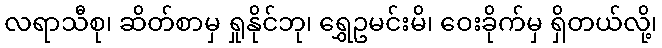
လရာသီစု၊ ဆိတ်စာမှ ရှုနိုင်ဘု၊ ရွှေဥမင်းမိ၊ ဝေးခိုက်မှ ရှိတယ်လို့၊